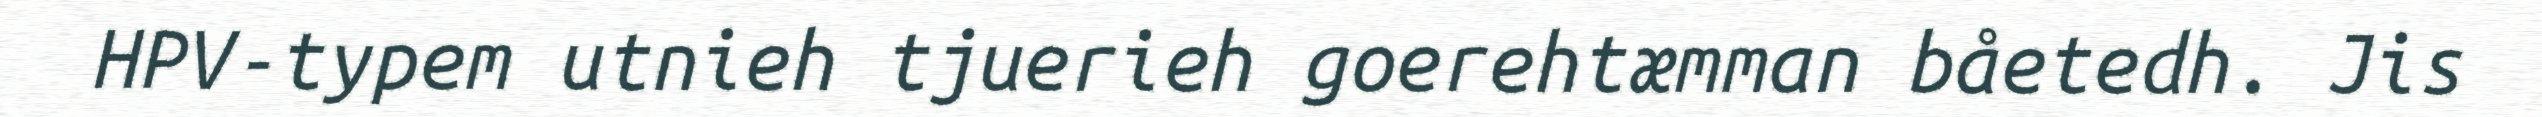
HPV-typem utnieh tjuerieh goerehtæmman båetedh. Jis